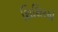
શિશિરએ